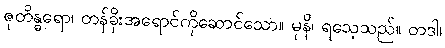
ဇုတိန္ဓရော၊ တန်ခိုးအရောင်ကိုဆောင်သော။ မုနိ၊ ရသေ့သည်။ တဒါ၊